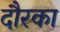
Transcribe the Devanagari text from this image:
दौरका